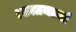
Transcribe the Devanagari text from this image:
।उत्तमानां